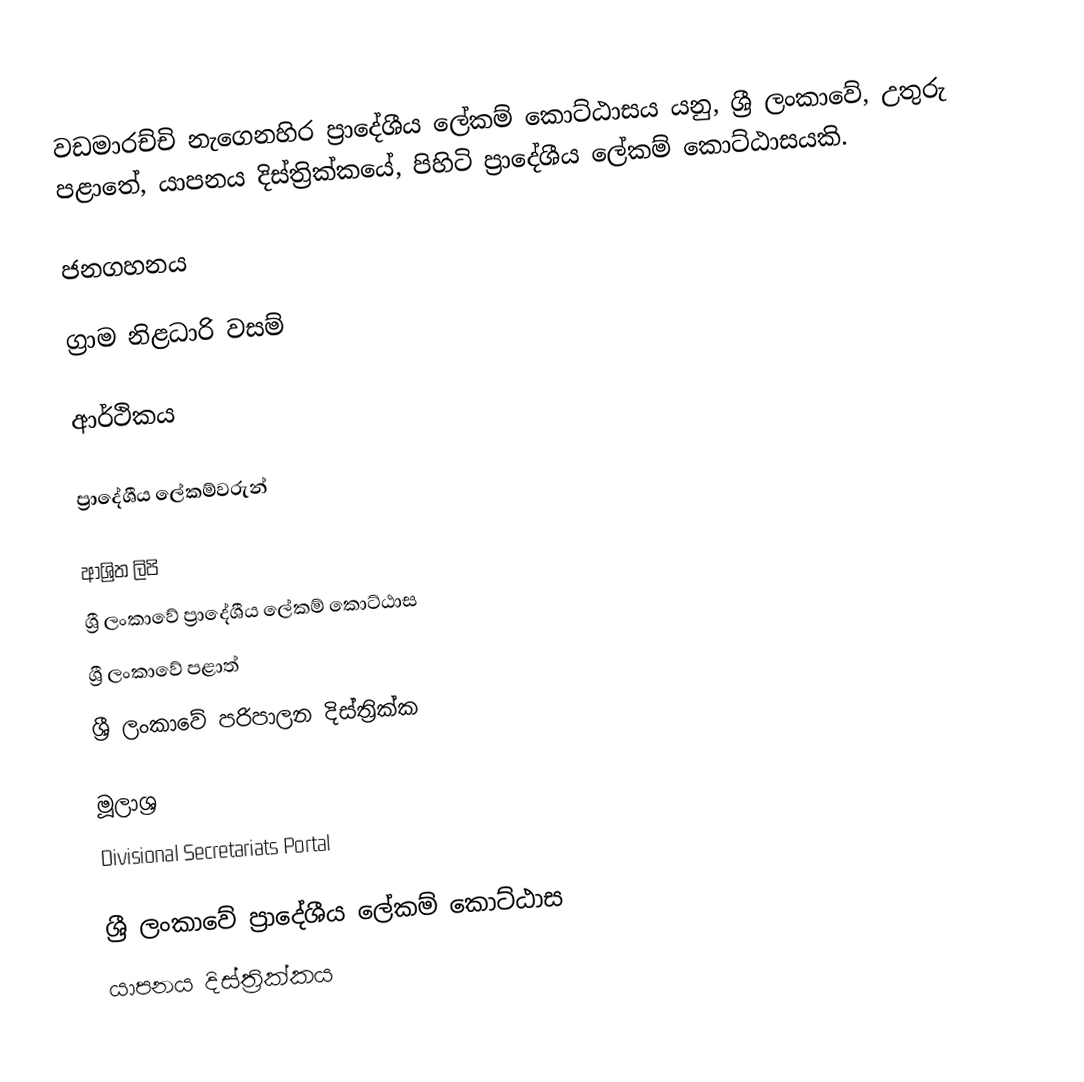
වඩමාරච්චි නැගෙනහිර ප්‍රාදේශීය ලේකම් කොට්ඨාසය යනු,  ශ්‍රී ලංකාවේ, උතුරු පළාතේ,   යාපනය දිස්ත්‍රික්කයේ, පිහිටි ප්‍රාදේශීය ලේකම් කොට්ඨාසයකි.

ජනගහනය

ග්‍රාම නිළධාරි වසම්

ආර්ථිකය

ප්‍රාදේශීය ලේකම්වරුන්

ආශ්‍රිත ලිපි
ශ්‍රී ලංකාවේ ප්‍රාදේශීය ලේකම් කොට්ඨාස
ශ්‍රී ලංකාවේ පළාත්
ශ්‍රී ලංකාවේ පරිපාලන දිස්ත්‍රික්ක

මූලාශ්‍ර
 Divisional Secretariats Portal

ශ්‍රී ලංකාවේ ප්‍රාදේශීය ලේකම් කොට්ඨාස
යාපනය දිස්ත්‍රික්කය